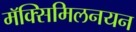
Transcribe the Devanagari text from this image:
मॅक्सिमिलनयन